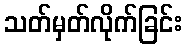
သတ်မှတ်လိုက်ခြင်း